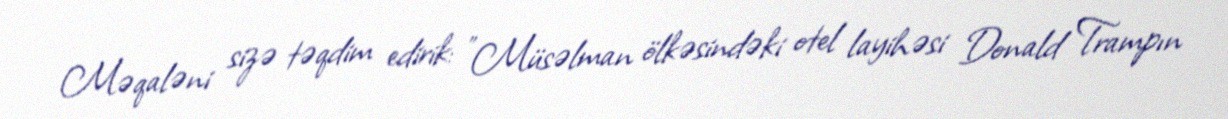
Məqaləni sizə təqdim edirik: "Müsəlman ölkəsindəki otel layihəsi Donald Trampın